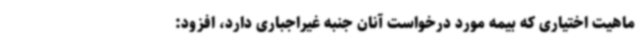
ماهیت اختیاری که بیمه مورد درخواست آنان جنبه غیراجباری دارد، افزود: